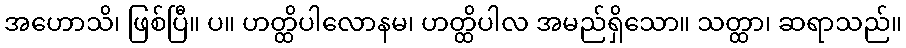
အဟောသိ၊ ဖြစ်ပြီ။ ပ။ ဟတ္ထိပါလောနမ၊ ဟတ္ထိပါလ အမည်ရှိသော။ သတ္ထာ၊ ဆရာသည်။